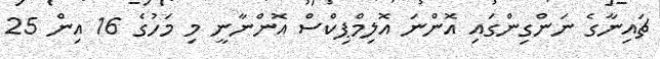
ޗައިނާގެ ނަންގިންގައި އޮންނަ އޮލިމްޕިކްސް އޮންނާނީ މި މަހުގެ 16 އިން 25